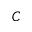
C